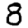
Digit: 8